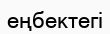
еңбектегі